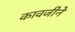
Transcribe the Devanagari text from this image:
कावजीने